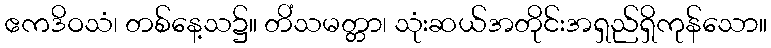
ဧကဒိဝသံ၊ တစ်နေ့သ၌။ တိံသမတ္တာ၊ သုံးဆယ်အတိုင်းအရှည်ရှိကုန်သော။